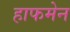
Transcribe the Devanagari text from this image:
हाफमेन